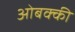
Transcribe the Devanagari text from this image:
ओबक्की